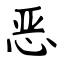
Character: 恶